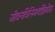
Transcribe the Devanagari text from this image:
जीवनविनिमयक्रियेस